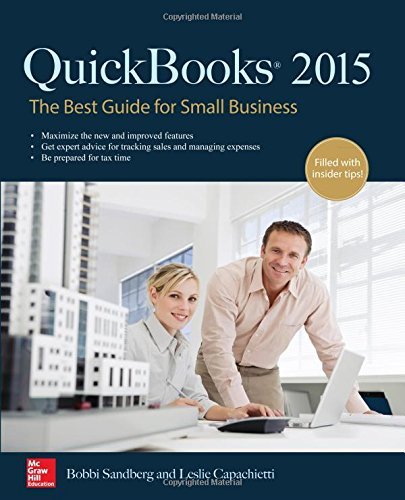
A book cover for By Bobbi Sandberg QuickBooks 2015: The Best Guide for Small Business (1st First Edition) [Paperback]; Computers & Technology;